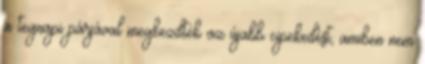
a tegnapi párjával megkezdték az újabb cipekedést, amiben nem